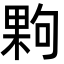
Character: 𭪹